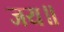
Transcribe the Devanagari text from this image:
जय॥